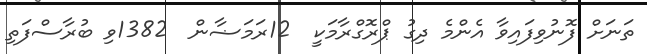
ތަނަށް ފޮނުވިފައިވާ އެންމެ ދިގު ޕްރޮގްރާމަކީ  12ރަމަޟާން  1382ވި ބުރާސްފަތި